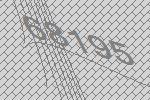
68195